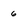
Character: 6